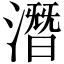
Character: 潛